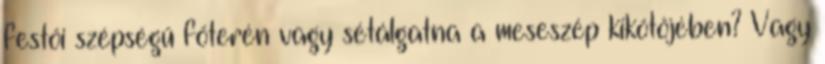
festői szépségű főterén vagy sétálgatna a meseszép kikötőjében? Vagy